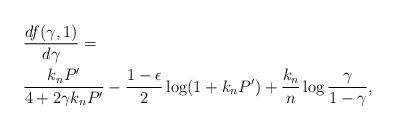
LaTeX: \begin{align*} & \frac{d f(\gamma, 1)}{d \gamma} = \\ &\frac{k_n P'}{4 + 2 \gamma k_n P'} - \frac{1-\epsilon }{2} \log(1+ k_n P') + \frac{k_n}{n} \log \frac{\gamma}{1 - \gamma}, \end{align*}